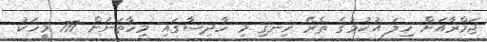
ޖަމްރާއަށް ހިލަ އުކުމުގެ ތެރޭ ހިނގި މި ހާދިސާގައި މިހާތަނަށް 717 މީހަކު